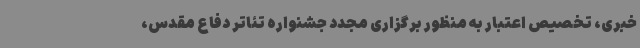
خبری، تخصیص اعتبار به منظور برگزاری مجدد جشنواره تئاتر دفاع مقدس،